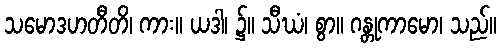
သမောဒဟတီတိ၊ ကား။ ယဒါ၊ ၌။ သီဃံ၊ စွာ။ ဂန္တုကာမော၊ သည်။